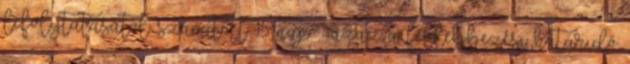
lefolytatásától számított 15 nap – azaz a fellebbezési határidő